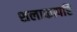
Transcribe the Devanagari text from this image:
शलाकापरि